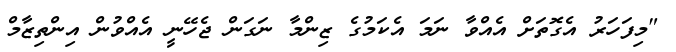
"މިފަހަރު އެގޮތަށް އެއްވާ ނަމަ އެކަމުގެ ޒިންމާ ނަގަން ޖެހޭނީ އެއްވުން އިންތިޒާމް